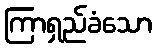
ကြာရှည်ခံသော